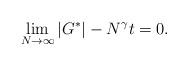
LaTeX: \begin{align*}\lim\limits_{N \rightarrow \infty} |G^{*}| - N^{\gamma}t = 0.\end{align*}